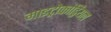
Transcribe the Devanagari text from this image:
माइट्रोकांड्रियल